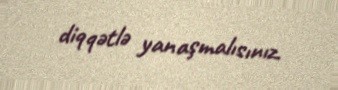
diqqətlə yanaşmalısınız.